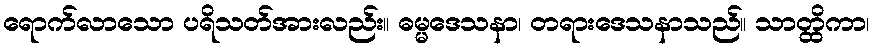
ရောက်လာသော ပရိသတ်အားလည်း။ ဓမ္မဒေသနာ၊ တရားဒေသနာသည်။ သာတ္ထိကာ၊